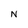
Character: N